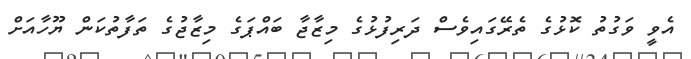
އެވީ ވަގުތު ކޮޅުގެ ތެރޭގައިވެސް ދަރިފުޅުގެ މިޒާޖާ ބައްޕަގެ މިޒާޖުގެ ތަފާތުކަން ޔޫހާއަށް